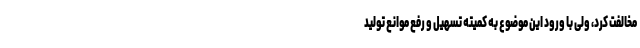
مخالفت کرد، ولی با ورود این موضوع به کمیته تسهیل و رفع موانع تولید